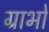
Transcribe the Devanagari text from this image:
ग्राभों